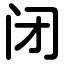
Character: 闭